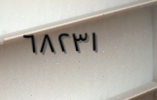
٦٨٢٣١